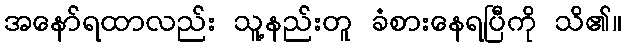
အနော်ရထာလည်း သူ့နည်းတူ ခံစားနေရပြီကို သိ၏။